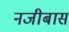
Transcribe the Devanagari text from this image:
नजीबास